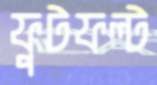
ফুটফল্ট